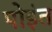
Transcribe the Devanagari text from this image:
पोइंत